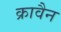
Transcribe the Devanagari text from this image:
क्रावैन